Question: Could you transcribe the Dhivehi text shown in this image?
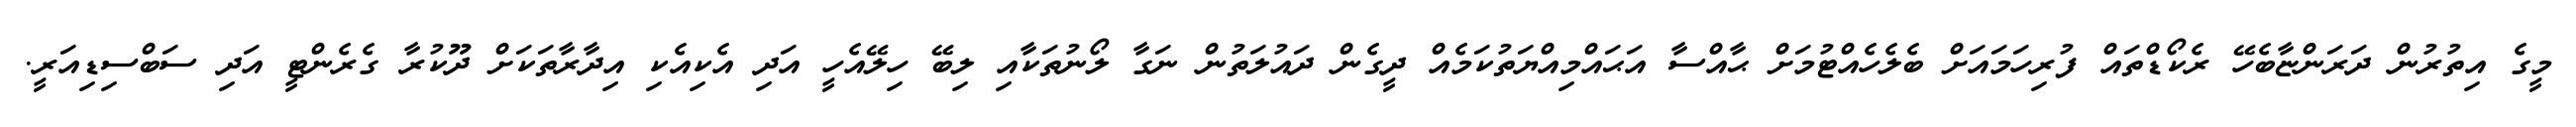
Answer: މީގެ އިތުރުން ދަރަންޏާބެހޭ ރެކޯޑްތައް ފުރިހަމައަށް ބެލެހެއްޓުމަށް ޙާއްސާ އަޙައްމިއްޔަތުކަމެއް ދީގެން ދައުލަތުން ނަގާ ލޯނުތަކާއި ލިބޭ ހިލޭއެހީ އަދި އެކިއެކި އިދާރާތަކަށް ދޫކުރާ ގެރެންޓީ އަދި ސަބްސިޑިއަރީ.